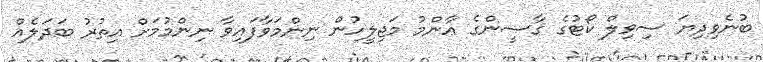
ބުނެވިދިޔަ ސިވިލް ކޯޓުގެ ޤާޟީންގެ ޢާންމު މަޖިލީހުން ނިންމަވާފައިވާ ނިންމުމަށް އިތުރު ބަދަލެއް